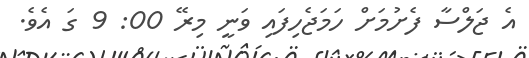
އެ ޖަލްސާ ފެށުމަށް ހަމަޖެހިފައި ވަނީ މިރޭ 00: 9 ގަ އެވެ.